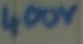
Text: 400V